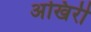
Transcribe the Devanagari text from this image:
अखिरी